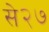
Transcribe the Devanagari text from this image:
से२७